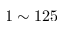
1 \sim 1 2 5